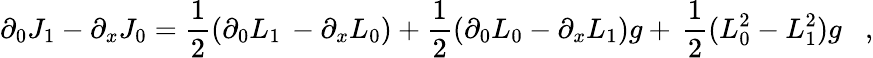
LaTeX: \partial_{0}J_{1}-\partial_{x}J_{0}=\frac{1}{2}(\partial_{0}L_{1}\, -\partial_{x}L_{0})+\frac{1}{2}(\partial_{0}L_{0}-\partial_{x}L_{1})g+\, \frac{1}{2}(L_{0}^{2}-L_{1}^{2})g\; \; \; ,